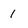
Character: 1